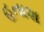
હતાશ